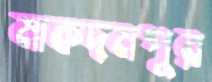
মাকদমপুর